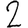
Digit: 2